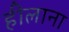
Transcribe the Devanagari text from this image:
हीलाना